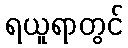
ရယူရာတွင်